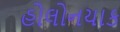
હોલોનયાક